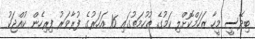
ބިދޭސީ މީހާ ޒަހަމްކޮށްލި ކަމުގެ ތުހުމަތުގައި 16 އަހަރުގެ ފުރާވަރު ފިރިހެން ކުއްޖަކު